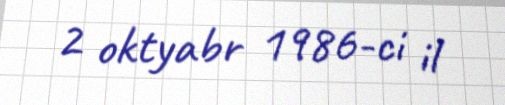
2 oktyabr 1986-ci il